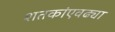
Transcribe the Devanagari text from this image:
शतकांएवढ्या